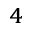
^ 4